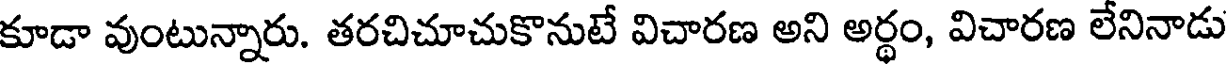
కూడా వుంటున్నారు. తరచిచూచుకొనుటే విచారణ అని అర్థం, విచారణ లేనినాడు